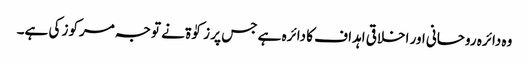
وہ دائرہ روحانی اور اخلاقی اہداف کا دائرہ ہے جس پر زکوٰۃ نے توجہ مرکوز کی ہے۔